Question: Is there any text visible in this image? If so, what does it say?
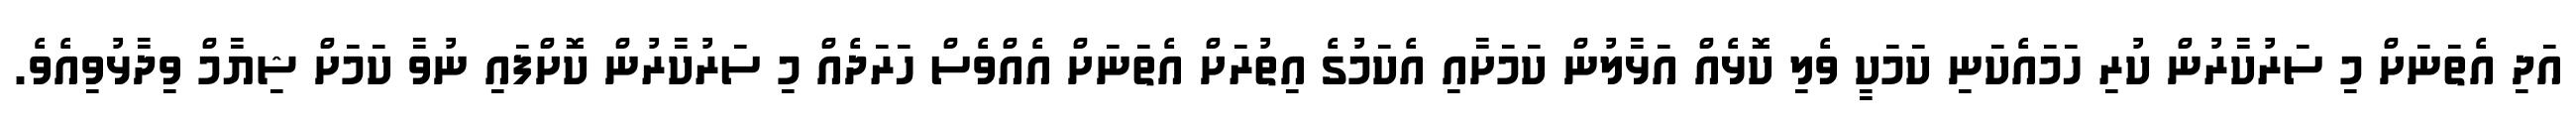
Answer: އަދި އެތަނަށް މި ސަރުކާރުން ކުރި ހަމައެކަނި ކަމަކީ ވެލި ކޮޅެއް އަޅާލުން ކަމަށާއި އެކަމުގެ އިތުރަށް އެތަނަށް އެއްވެސް ހަރަދެއް މި ސަރުކާރުން ކޮށްފައި ނުވާ ކަމަށް ޝިޔާމް ވިދާޅުވިއެވެ.